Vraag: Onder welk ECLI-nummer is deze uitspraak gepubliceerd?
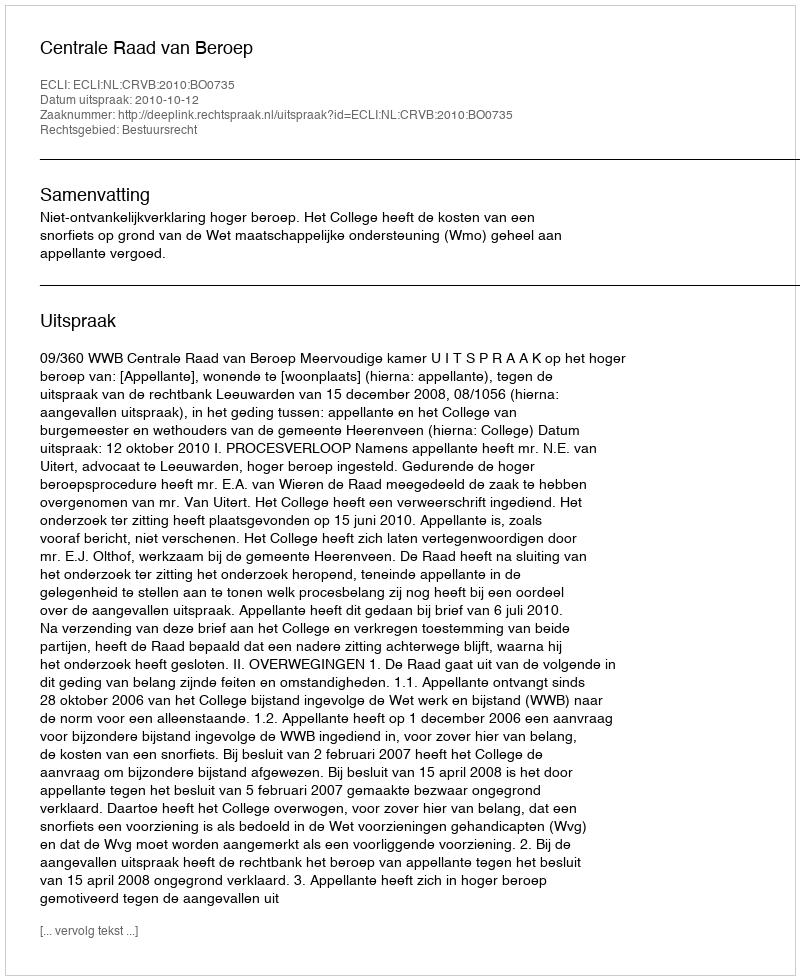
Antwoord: ECLI:NL:CRVB:2010:BO0735